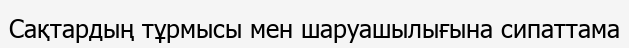
Сақтардың тұрмысы мен шаруашылығына сипаттама